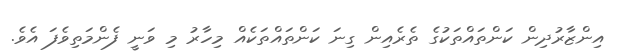
އިންޒާރުދިން ކަންތައްތަކުގެ ތެރެއިން ގިނަ ކަންތައްތަކެއް މިހާރު މި ވަނީ ފެންމަތިވެފަ އެވެ.